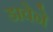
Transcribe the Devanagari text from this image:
डावेने